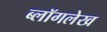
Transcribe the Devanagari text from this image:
ब्लॉगलेख